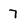
Character: 7